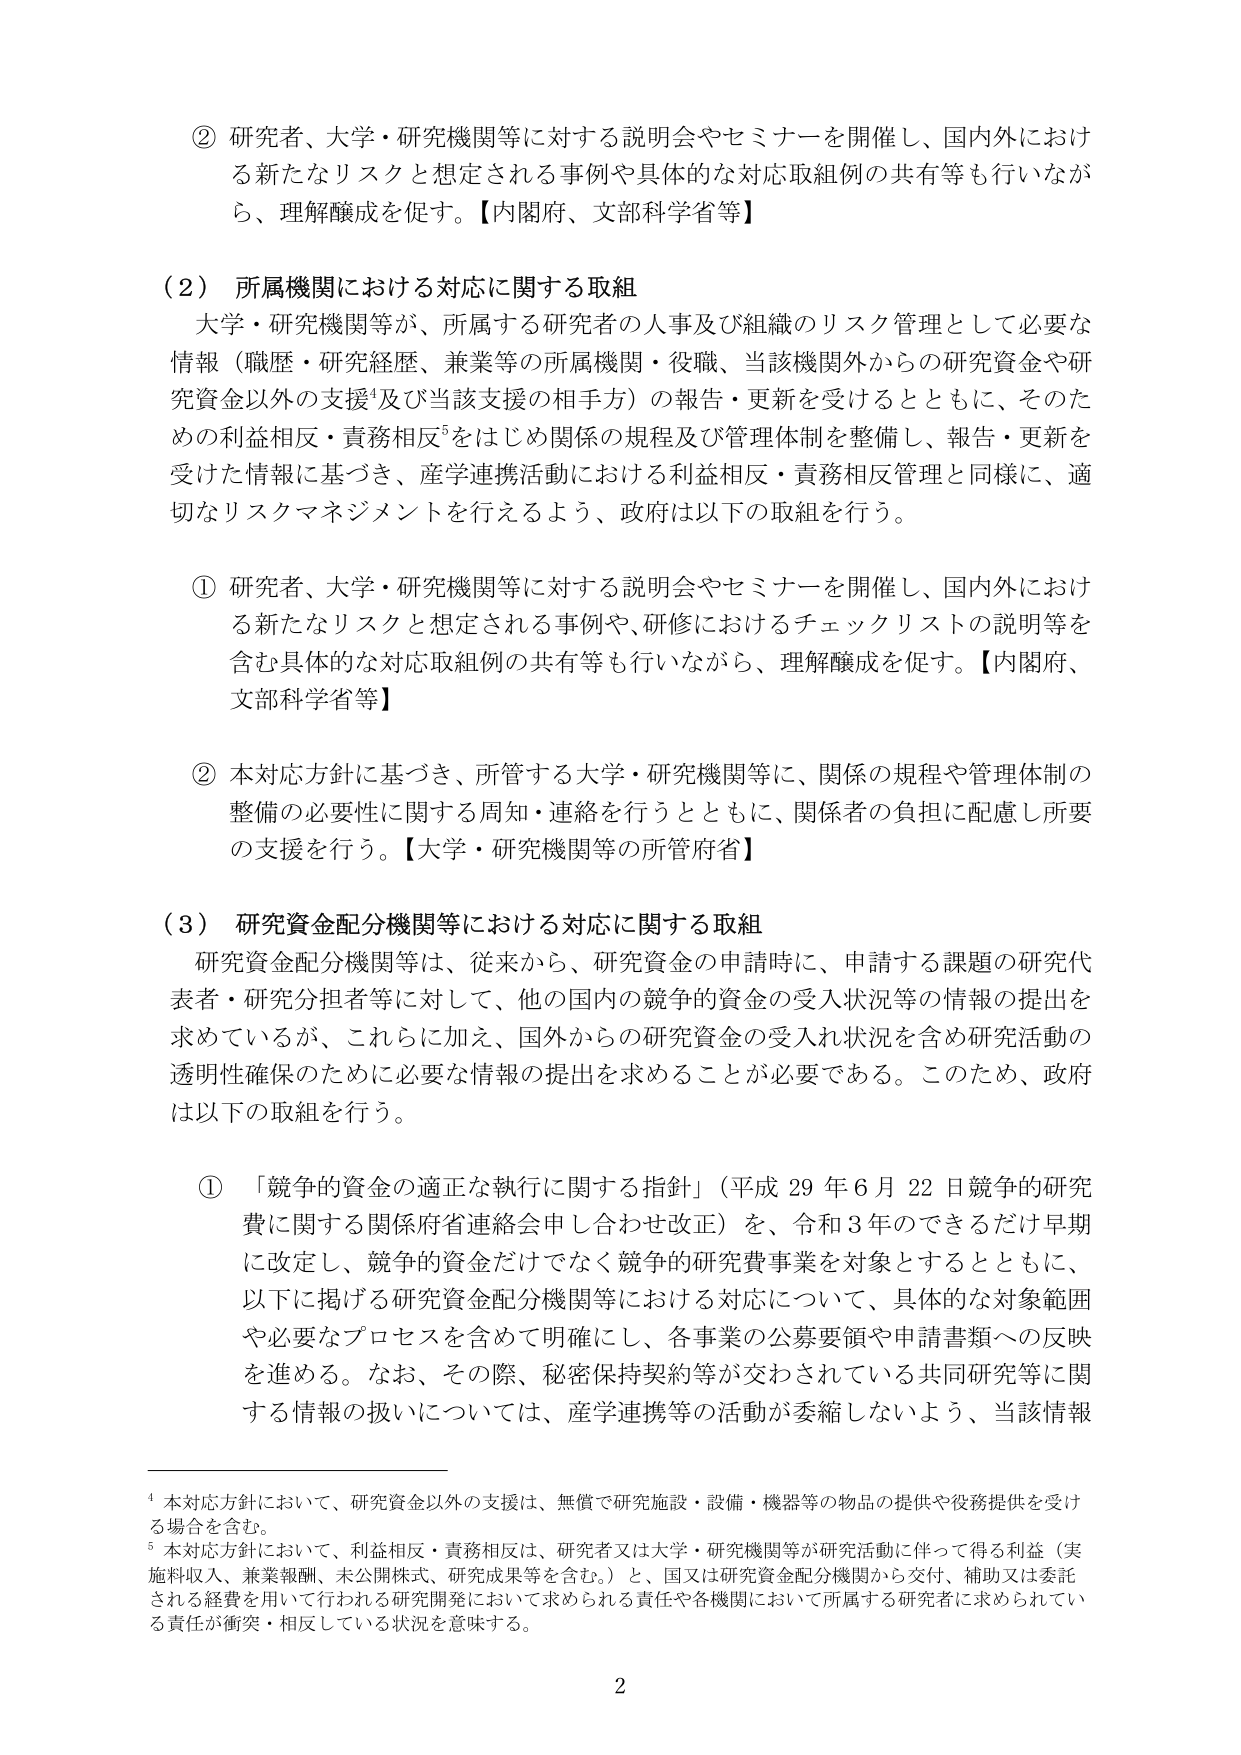
② 研究者、大学・研究機関等に対する説明会やセミナーを開催し、国内外における新たなリスクと想定される事例や具体的な対応取組例の共有等も行いながら、理解醸成を促す。【内閣府、文部科学省等】

（２） 所属機関における対応に関する取組
大学・研究機関等が、所属する研究者の人事及び組織のリスク管理として必要な情報（職歴・研究経歴、兼業等の所属機関・役職、当該機関外からの研究資金や研究資金以外の支援⁴及び当該支援の相手方）の報告・更新を受けるとともに、そのための利益相反・責務相反⁵をはじめ関係の規程及び管理体制を整備し、報告・更新を受けた情報に基づき、産学連携活動における利益相反・責務相反管理と同様に、適切なリスクマネジメントを行えるよう、政府は以下の取組を行う。

① 研究者、大学・研究機関等に対する説明会やセミナーを開催し、国内外における新たなリスクと想定される事例や、研修におけるチェックリストの説明等を含む具体的な対応取組例の共有等も行いながら、理解醸成を促す。【内閣府、文部科学省等】

② 本対応方針に基づき、所管する大学・研究機関等に、関係の規程や管理体制の整備の必要性に関する周知・連絡を行うとともに、関係者の負担に配慮し所要の支援を行う。【大学・研究機関等の所管府省】

（３） 研究資金配分機関等における対応に関する取組
研究資金配分機関等は、従来から、研究資金の申請時に、申請する課題の研究代表者・研究分担者等に対して、他の国内の競争的資金の受入状況等の情報の提出を求めているが、これらに加え、国外からの研究資金の受入れ状況を含め研究活動の透明性確保のために必要な情報の提出を求めることが必要である。このため、政府は以下の取組を行う。

① 「競争的資金の適正な執行に関する指針」（平成29年6月22日競争的研究費に関する関係府省連絡会申し合わせ改正）を、令和3年のできるだけ早期に改定し、競争的資金だけでなく競争的研究費事業を対象とするとともに、以下に掲げる研究資金配分機関等における対応について、具体的な対象範囲や必要なプロセスを含めて明確にし、各事業の公募要領や申請書類への反映を進める。なお、その際、秘密保持契約等が交わされている共同研究等に関する情報の扱いについては、産学連携等の活動が委縮しないよう、当該情報

⁴ 本対応方針において、研究資金以外の支援は、無償で研究施設・設備・機器等の物品の提供や役務提供を受ける場合を含む。
⁵ 本対応方針において、利益相反・責務相反は、研究者又は大学・研究機関等が研究活動に伴って得る利益（実施料収入、兼業報酬、未公開株式、研究成果等を含む。）と、国又は研究資金配分機関から交付、補助又は委託される経費を用いて行われる研究開発において求められる責任や各機関において所属する研究者に求められている責任が衝突・相反している状況を意味する。

2